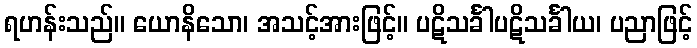
ရဟန်းသည်။ ယောနိသော၊ အသင့်အားဖြင့်။ ပဋိသင်္ခါပဋိသင်္ခါယ၊ ပညာဖြင့်